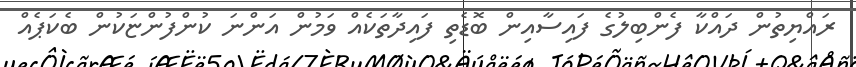
ރައްޔިތުން ދައްކާ ފެންބިލުގެ ފައިސާއިން ބޮޑެތި ފައިދާތަކެއް ވަމުން އަންނަ ކުންފުންޏަކުން ބެކަޕެއް